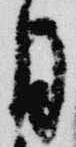
月